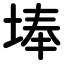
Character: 埲